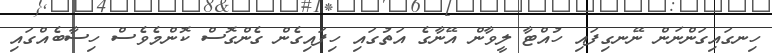
ހިނގައިގަންނަން ނޭނގިފައި ހުއްޓާ ލީވާން އޭނާގެ އަތުގައި ހިފައިގެން ގެންގޮސް ކޮންމެވެސް ހިސާބެއްގައި